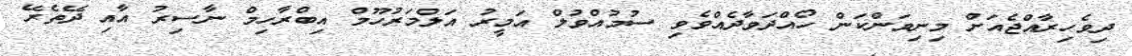
ދިވެހިރާއްޖެއަށް މިނިވަންކަން ހޯއްދަވާދެއްވެވި ސުމުއްވުލް އަމީރު އަލްމަރުހޫމް އިބްރާހިމް ނާސިރު އާއި ދޭތެރޭ